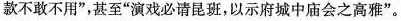
款不敢不用”，甚至”演戏必请昆班，以示府城中庙会之高雅”。